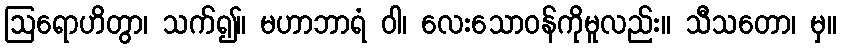
ဩရောဟိတွာ၊ သက်၍။ မဟာဘာရံ ဝါ၊ လေးသောဝန်ကိုမူလည်း။ သီသတော၊ မှ။